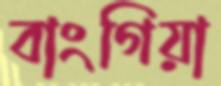
বাংগিয়া